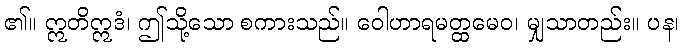
၏။ ဣတိဣဒံ၊ ဤသို့သော စကားသည်။ ဝေါဟာရမတ္ထမေဝ၊ မျှသာတည်း။ ပန၊